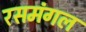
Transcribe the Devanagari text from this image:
रसमंगल